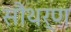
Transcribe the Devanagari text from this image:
सौथर्ण